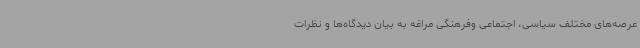
عرصه‌های مختلف سیاسی، اجتماعی وفرهنگی مراغه به بیان دیدگاه‌ها و نظرات